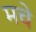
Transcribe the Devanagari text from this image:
मचे